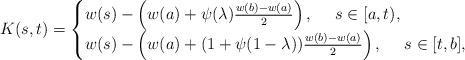
LaTeX: \begin{align*}K(s, t)=\begin{cases}w(s)-\left(w(a)+\psi(\lambda)\frac{w(b)-w(a)}{2}\right), ~~~~s\in[a, t),\\w(s)-\left(w(a)+(1+\psi(1-\lambda))\frac{w(b)-w(a)}{2}\right), ~~~~s\in[t, b],\end{cases}\end{align*}